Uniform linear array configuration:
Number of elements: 16
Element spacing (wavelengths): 0.5
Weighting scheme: hann
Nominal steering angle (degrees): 60
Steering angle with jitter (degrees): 60.652
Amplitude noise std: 0.05
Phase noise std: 0.05

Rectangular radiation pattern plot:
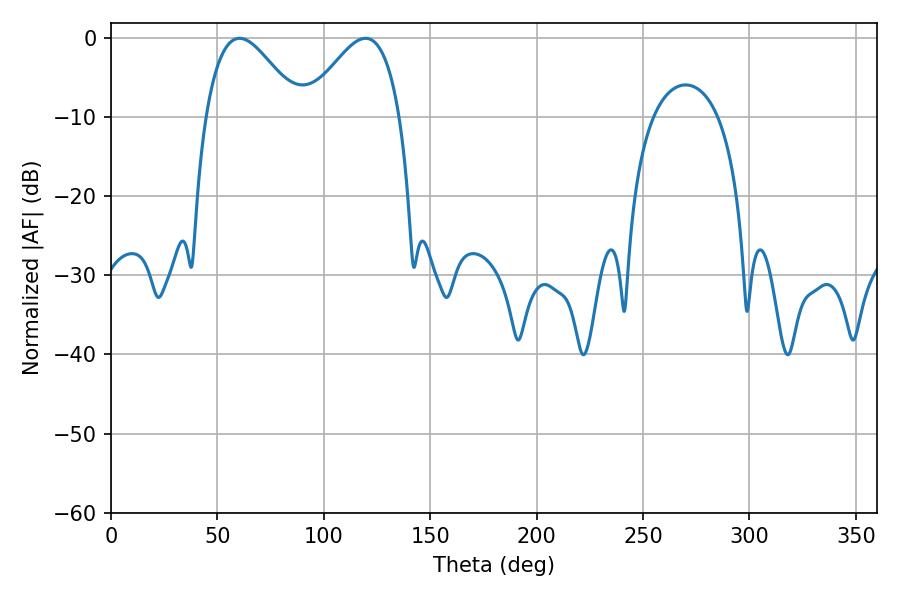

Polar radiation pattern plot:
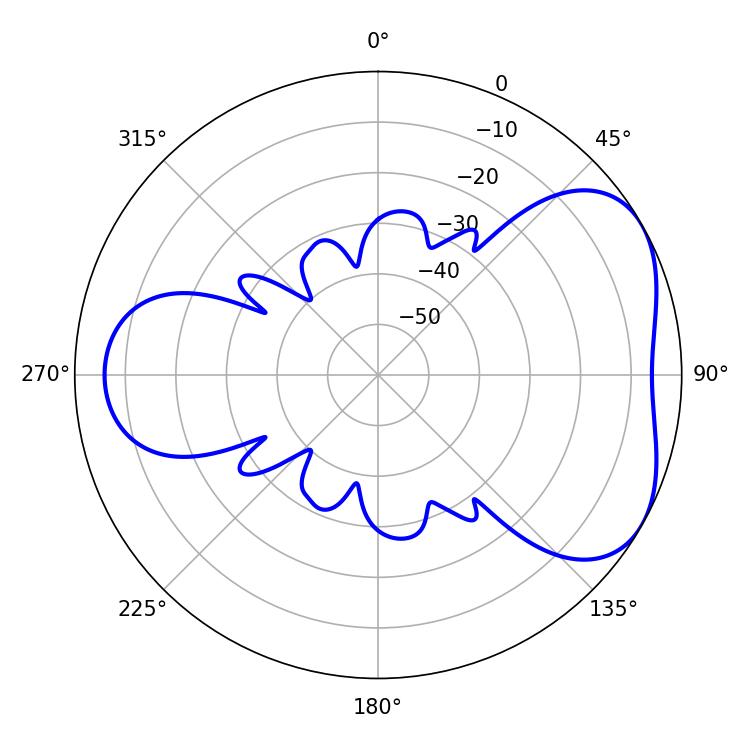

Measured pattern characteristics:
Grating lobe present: FALSE
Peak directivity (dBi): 4.586
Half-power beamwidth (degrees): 23.94
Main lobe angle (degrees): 60.48